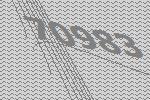
70983